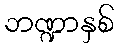
ဘဏ္ဍာနှစ်